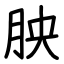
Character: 胦